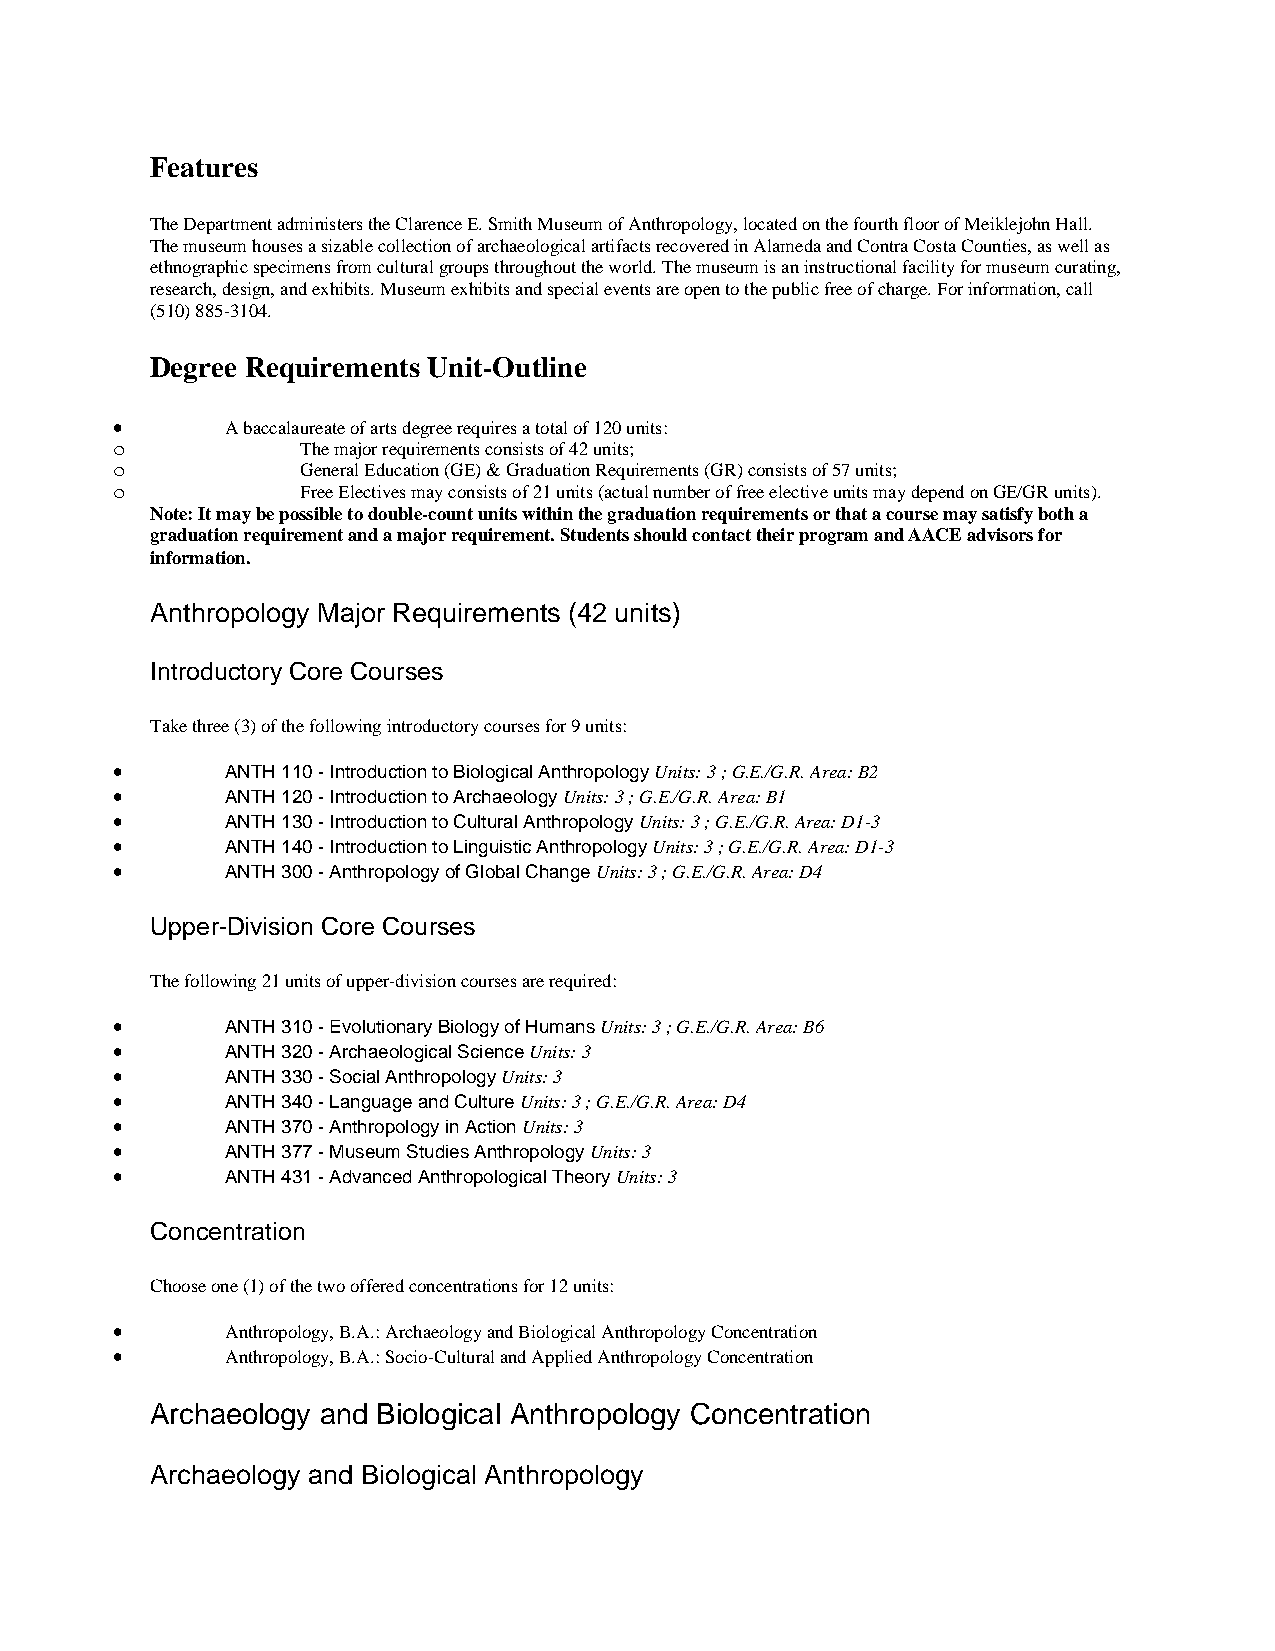
Features
 The Department administers the Clarence E. Smith Museum of Anthropology, located on the fourth floor of Meiklejohn Hall.
 The museum houses a sizable collection of archaeological artifacts recovered in Alameda and Contra Costa Counties, as well as
 ethnographic specimens from cultural groups throughout the world. The museum is an instructional facility for museum curating,
 research, design, and exhibits. Museum exhibits and special events are open to the public free of charge. For information, call
 (510) 885-3104.
 Degree Requirements Unit-Outline
 •       A baccalaureate of arts degree requires a total of 120 units:
 o            The major requirements consists of 42 units;
 o            General Education (GE) & Graduation Requirements (GR) consists of 57 units;
 o            Free Electives may consists of 21 units (actual number of free elective units may depend on GE/GR units).
 Note: It may be possible to double-count units within the graduation requirements or that a course may satisfy both a
 graduation requirement and a major requirement. Students should contact their program and AACE advisors for
 information.
 Anthropology Major Requirements (42 units)
 Introductory Core Courses
 Take three (3) of the following introductory courses for 9 units:
 •       ANTH 110 - Introduction to Biological Anthropology Units: 3 ; G.E./G.R. Area: B2
 •       ANTH 120 - Introduction to Archaeology Units: 3 ; G.E./G.R. Area: B1
 •       ANTH 130 - Introduction to Cultural Anthropology Units: 3 ; G.E./G.R. Area: D1-3
 •       ANTH 140 - Introduction to Linguistic Anthropology Units: 3 ; G.E./G.R. Area: D1-3
 •       ANTH 300 - Anthropology of Global Change Units: 3 ; G.E./G.R. Area: D4
 Upper-Division Core Courses
 The following 21 units of upper-division courses are required:
 •       ANTH 310 - Evolutionary Biology of Humans Units: 3 ; G.E./G.R. Area: B6
 •       ANTH 320 - Archaeological Science Units: 3
 •       ANTH 330 - Social Anthropology Units: 3
 •       ANTH 340 - Language and Culture Units: 3 ; G.E./G.R. Area: D4
 •       ANTH 370 - Anthropology in Action Units: 3
 •       ANTH 377 - Museum Studies Anthropology Units: 3
 •       ANTH 431 - Advanced Anthropological Theory Units: 3
 Concentration
 Choose one (1) of the two offered concentrations for 12 units:
 •       Anthropology, B.A.: Archaeology and Biological Anthropology Concentration
 •       Anthropology, B.A.: Socio-Cultural and Applied Anthropology Concentration
 Archaeology and Biological Anthropology Concentration
 Archaeology and Biological Anthropology